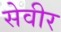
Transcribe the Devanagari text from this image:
सेवीर